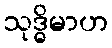
သုဒ္ဓိမာဟ